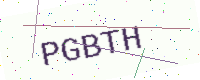
Text: PGBTH